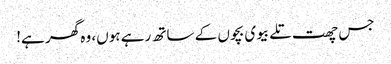
جس چھت تلے بیوی بچوں کے ساتھ رہے ہوں، وہ گھر ہے!